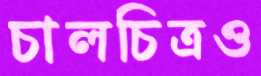
চালচিত্রও